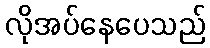
လိုအပ်နေပေသည်